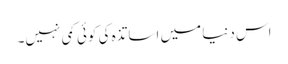
اس دنیا میں اساتذہ کی کوئی کمی نہیں۔